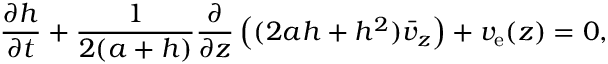
\frac { \partial h } { \partial t } + \frac { 1 } { 2 ( a + h ) } \frac { \partial } { \partial z } \left( ( 2 a h + h ^ { 2 } ) \bar { v } _ { z } \right) + v _ { \mathrm { e } } ( z ) = 0 ,